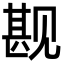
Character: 𬢏